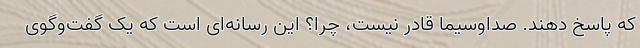
که پاسخ دهند. صداوسیما قادر نیست، چرا؟ این رسانه‌ای است که یک گفت‌وگوی